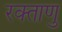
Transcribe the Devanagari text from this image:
रक्ताणु